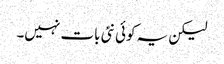
لیکن یہ کوئی نئی بات نہیں۔